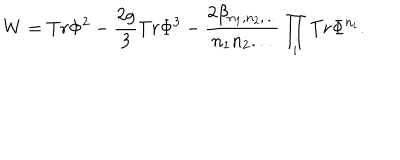
W = T r \Phi ^ { 2 } - \frac { 2 g } { 3 } T r \Phi ^ { 3 } - \frac { 2 \beta _ { n _ { 1 } , n _ { 2 } , . . . } } { n _ { 1 } n _ { 2 } . . . } \prod _ { i } T r \Phi ^ { n _ { i } } .